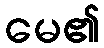
မေ၏